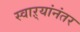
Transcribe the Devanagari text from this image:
स्वाऱ्यांनंतर